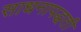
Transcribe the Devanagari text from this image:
साधनापद्धती